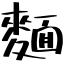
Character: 麵